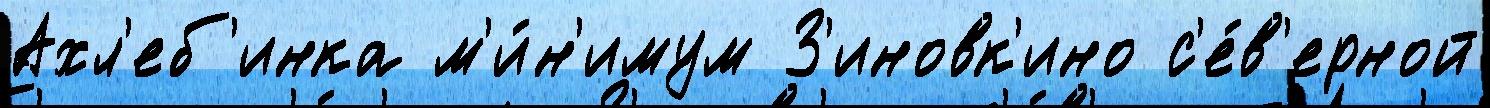
Ахл'еб'инка м'и́н'имум З'иновк'ино с'е́в'ерной